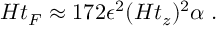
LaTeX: H t _ { F } \approx 1 7 2 \epsilon ^ { 2 } ( H t _ { z } ) ^ { 2 } \alpha \; .